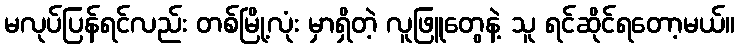
မလုပ်ပြန်ရင်လည်း တစ်မြို့လုံး မှာရှိတဲ့ လူဖြူတွေနဲ့ သူ ရင်ဆိုင်ရတော့မယ်။